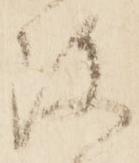
改